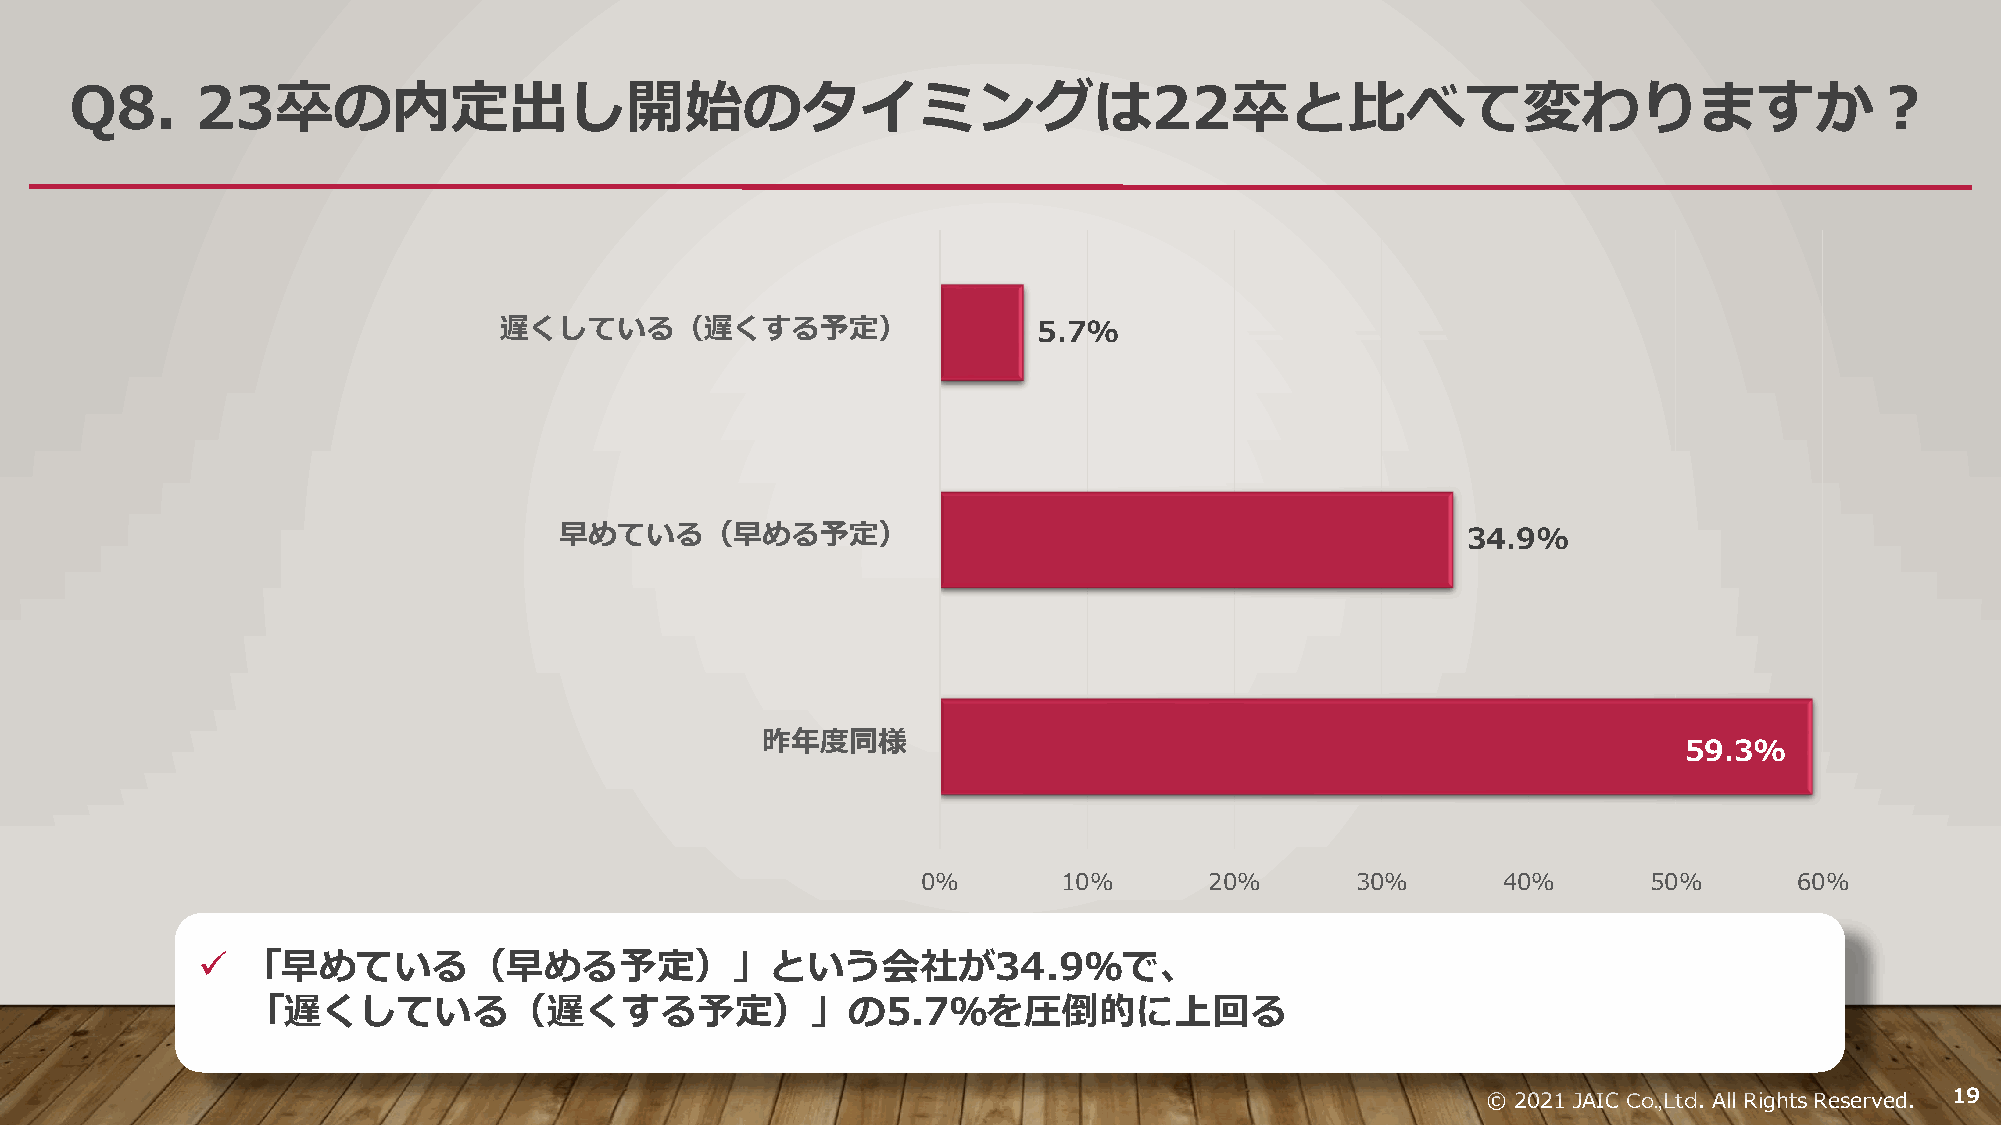
Q8.     23卒の内定出し開始のタイミングは22卒と比べて変わりますか？
 遅くしている（遅くする予定）                      5.7%
 早めている（早める予定）                                                34.9%
 昨年度同様
 59.3%
 0%       10%       20%       30%      40%       50%       60%
 ✓  「早めている（早める予定）」という会社が34.9％で、
 「遅くしている（遅くする予定）」の5.7％を圧倒的に上回る
 © 2021 JAIC Co.,Ltd. All Rights Reserved. 19